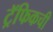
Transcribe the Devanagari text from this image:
ट्रॅफिकची